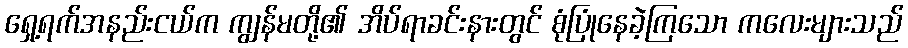
ရှေ့ရက်အနည်းငယ်က ကျွန်မတို့၏ အိပ်ရာခင်းနားတွင် စုံပြုံနေခဲ့ကြသော ကလေးများသည်